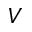
V